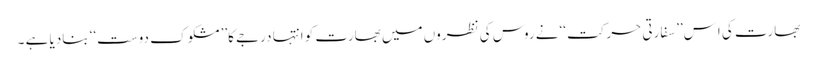
بھارت کی اِس’’سفارتی حرکت ‘‘نے روس کی نظروں میں بھارت کو انتہا درجے کا’’ مشکو ک دوست‘‘ بنادیا ہے ۔